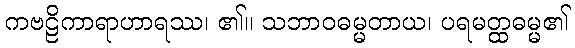
ကဗဠိကာရာဟာရဿ၊ ၏။ သဘာဝဓမ္မတာယ၊ ပရမတ္ထဓမ္မ၏